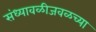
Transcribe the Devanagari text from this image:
संध्यावळीजवळच्या